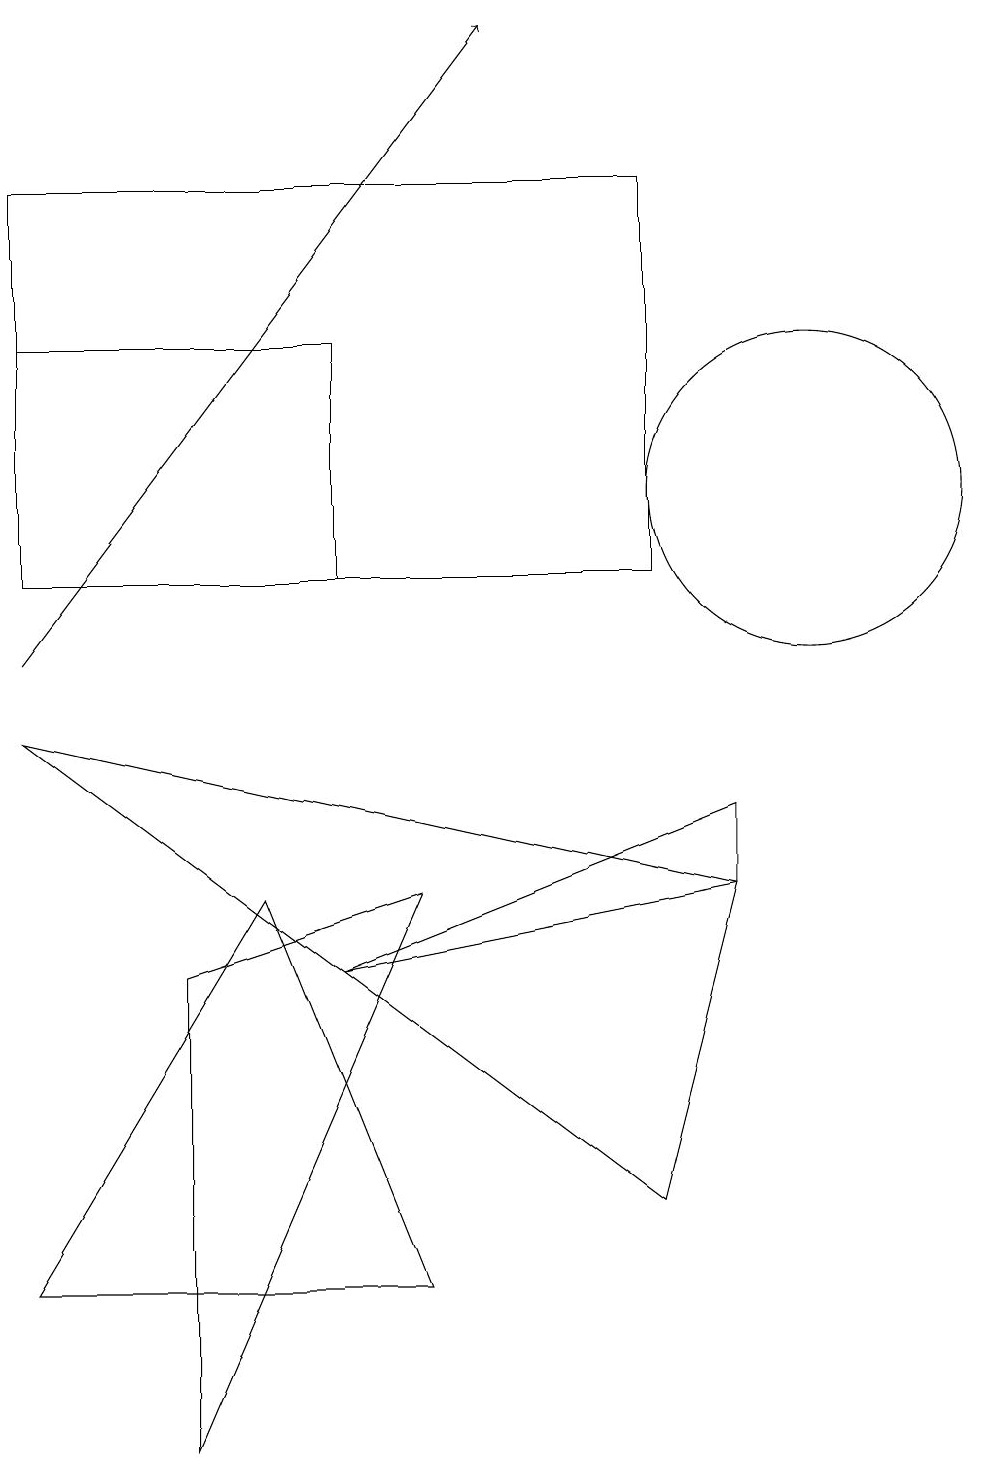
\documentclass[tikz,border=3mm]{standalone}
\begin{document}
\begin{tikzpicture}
\draw (9,7) -- (9,8) -- (4,6) -- cycle;
\draw (3,7) -- (0,2) -- (5,2) -- cycle;
\draw (10,12) circle (2);
\draw (0,14) rectangle (4,11);
\draw[->] (0,10) -- (6,18);
\draw (2,6) -- (5,7) -- (2,0) -- cycle;
\draw (0,9) -- (9,7) -- (8,3) -- cycle;
\draw (8,16) rectangle (0,11);
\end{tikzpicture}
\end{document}